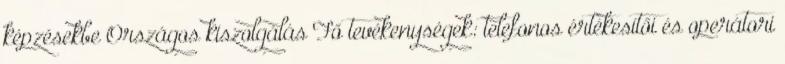
képzésekbe Országos kiszolgálás Fő tevékenységek: telefonos értékesítői és operátori